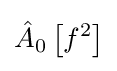
{\hat {A}}_{0}\left[f^{2}\right]